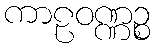
ကာဠဝဏ္ဏဉ္စ